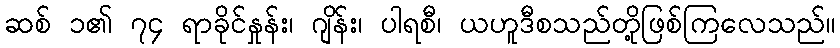
ဆစ် ၁၏ ၇၄ ရာခိုင်နှုန်း၊ ဂျိန်း၊ ပါရစီ၊ ယဟူဒီစသည်တို့ဖြစ်ကြလေသည်။